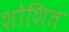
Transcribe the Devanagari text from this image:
शोशित